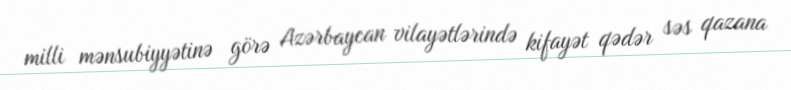
milli mənsubiyyətinə görə Azərbaycan vilayətlərində kifayət qədər səs qazana